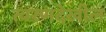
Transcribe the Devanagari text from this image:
त्वरणदेखील